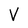
Character: V